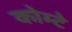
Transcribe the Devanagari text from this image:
कोम्टे